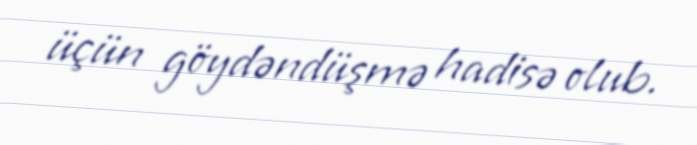
üçün göydəndüşmə hadisə olub.